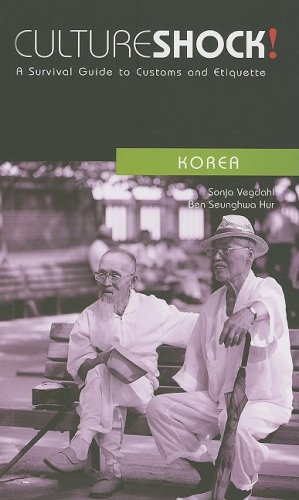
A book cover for Culture Shock! Korea: A Survival Guide to Customs and Etiquette (Culture Shock! A Survival Guide to Customs & Etiquette); Sonja Vegdahl; Travel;